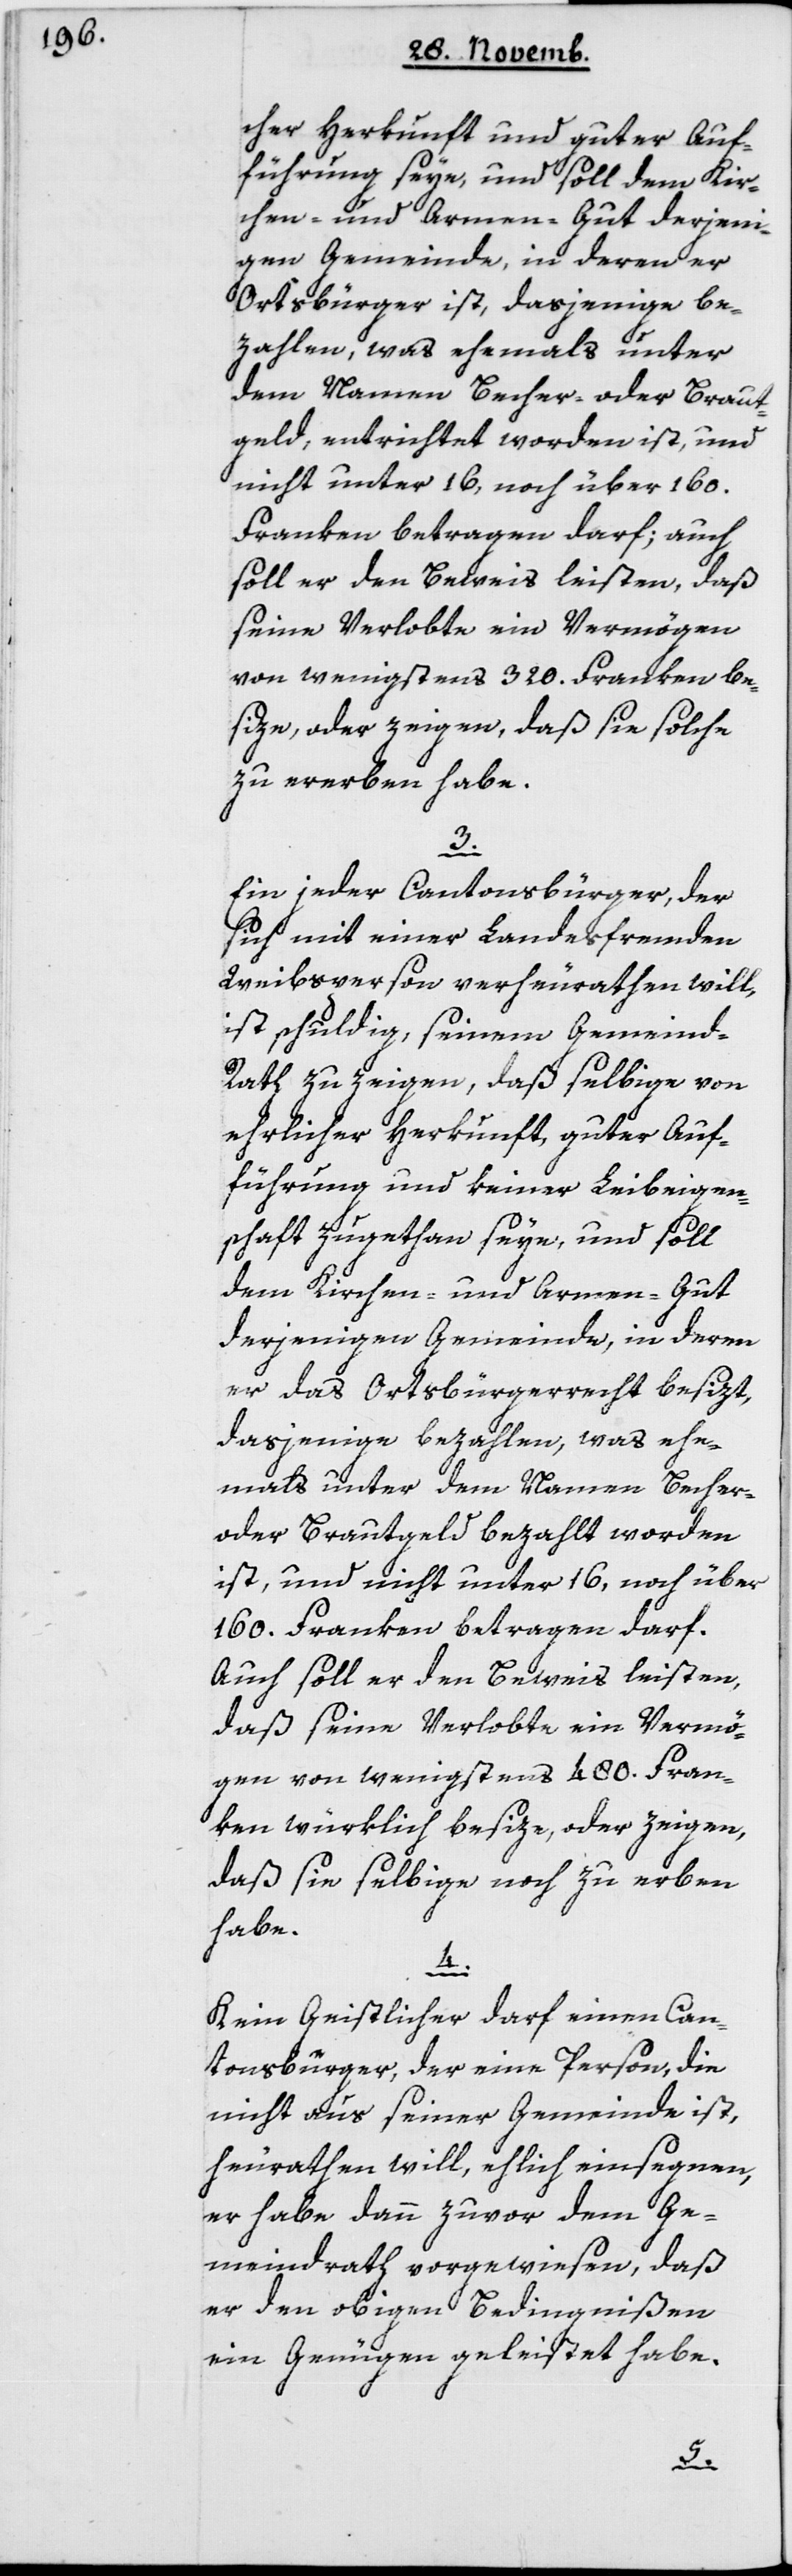
cher Herkunft und guter Auf¬
führung seye, und soll dem Kir¬
chen- und Armengut derjeni¬
gen Gemeinde, in deren er
Ortsbürger ist, dasjenige be¬
zahlen, was ehemals unter
dem Namen Becher- oder Braut¬
geld entrichtet worden ist, und
nicht unter 16 noch über 160
Franken betragen darf; auch
soll er den Beweis leisten, daß
seine Verlobte ein Vermögen
von wenigstens 320 Franken be¬
size, oder zeigen, daß sie solche
zu erben habe.
3.
Ein jeder Cantonsbürger, der
sich mit einer Landesfremden
Weibsperson verheurathen will,
ist schuldig, seinem Gemeind¬
rath zu zeigen, daß selbige von
ehrlicher Herkunft, guter Auf¬
führung und keiner Leibeigen¬
schaft zugethan seye, und soll
dem Kirchen- und Armengut
derjenigen Gemeinde, in deren
er das Ortsbürgerrecht besizt,
dasjenige bezahlen, was ehe¬
mals unter dem Namen Becher-
oder Brautgeld bezahlt worden
ist, und nicht unter 16 noch über
160 Franken betragen darf.
Auch soll er den Beweis leisten,
daß seine Verlobte ein Vermö¬
gen von wenigstens 480 Fran¬
ken würklich besize, oder zeigen,
daß sie selbige noch zu erben
habe.
4.
Kein Geistlicher darf einen Can¬
tonsbürger, der eine Person, die
nicht aus seiner Gemeinde ist,
heurathen will, ehelich einsegnen,
er habe dann zuvor dem Ge¬
meindrath vorgewiesen, daß
er den obigen Bedingnißen
ein Genügen geleistet habe.